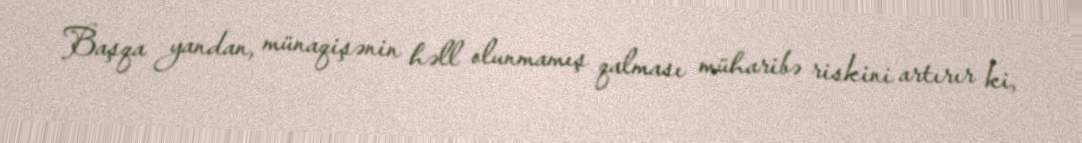
Başqa yandan, münaqişənin həll olunmamış qalması müharibə riskini artırır ki,